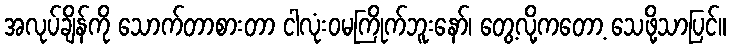
အလုပ်ချိန်ကို သောက်တာစားတာ ငါလုံးဝမကြိုက်ဘူးနော်၊ တွေ့လို့ကတော့ သေဖို့သာပြင်။